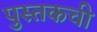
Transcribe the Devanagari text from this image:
पुस्तकची